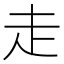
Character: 走